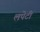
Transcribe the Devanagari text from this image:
लपेटीं